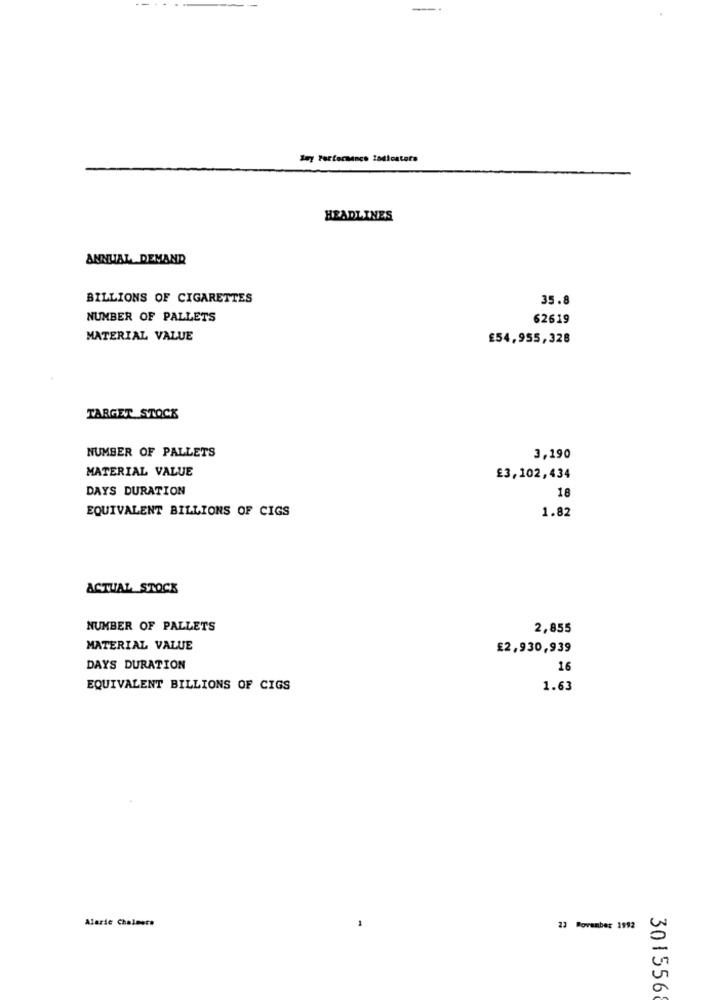
HEADLINES
ANNUAL DEMAND
BILLIONS OF CIGARETTES
35.8
NUMBER OF PALLETS
62619
MATERIAL VALUE
£54,955,328
TARGET STOCK
NUMBER OF PALLETS
3,190
MATERIAL VALUE
£3,102,434
DAYS DURATION
18
EQUIVALENT BILLIONS OF CIGS
1.82
ACTUAL STOCK
NUMBER OF PALLETS
2,855
MATERIAL VALUE
£2,930,939
DAYS DURATION
16
EQUIVALENT BILLIONS OF CIGS
1.63
Alaric Chalmers
23 Bovenber 1992
301556